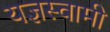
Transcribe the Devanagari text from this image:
यज्ञस्वामी